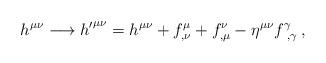
LaTeX: \begin{align*}h^{\mu\nu}\longrightarrow {h'}^{\mu\nu}=h^{\mu\nu}+f^{\mu}_{,\nu}+f^{\nu}_{,\mu}-\eta^{\mu\nu}f^{\gamma}_{\ ,\gamma}\, ,\end{align*}